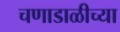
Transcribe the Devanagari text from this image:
चणाडाळीच्या